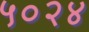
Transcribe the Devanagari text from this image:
५०२४